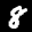
Label: 8